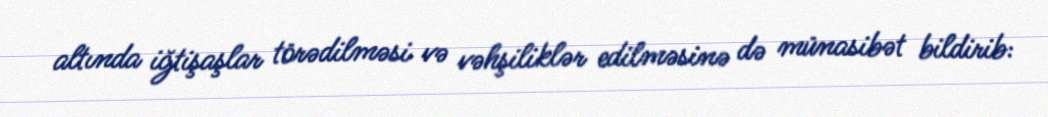
altında iğtişaşlar törədilməsi və vəhşiliklər edilməsinə də münasibət bildirib: